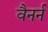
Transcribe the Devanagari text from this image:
वैनर्न